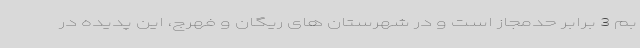
بم 3 برابر حدمجاز است و در شهرستان های ریگان و فهرج، این پدیده در